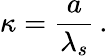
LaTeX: \kappa=\frac{a}{\lambda_{s}}\, .